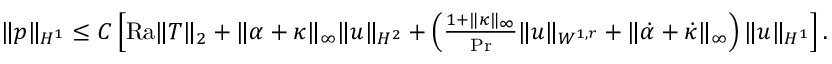
\begin{array} { r } { \| p \| _ { H ^ { 1 } } \leq C \left[ \mathrm { { R a } } \| T \| _ { 2 } + \| \alpha + \kappa \| _ { \infty } \| u \| _ { H ^ { 2 } } + \left( \frac { 1 + \| \kappa \| _ { \infty } } { \mathrm { P r } } \| u \| _ { W ^ { 1 , r } } + \| \dot { \alpha } + \dot { \kappa } \| _ { \infty } \right) \| u \| _ { H ^ { 1 } } \right] . } \end{array}